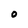
Character: 0